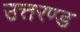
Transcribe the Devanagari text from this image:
उत्तरण्ड